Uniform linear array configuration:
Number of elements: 4
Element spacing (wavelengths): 1
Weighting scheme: exponential
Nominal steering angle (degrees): -30
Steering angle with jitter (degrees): -31.147
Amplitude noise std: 0.05
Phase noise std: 0.05

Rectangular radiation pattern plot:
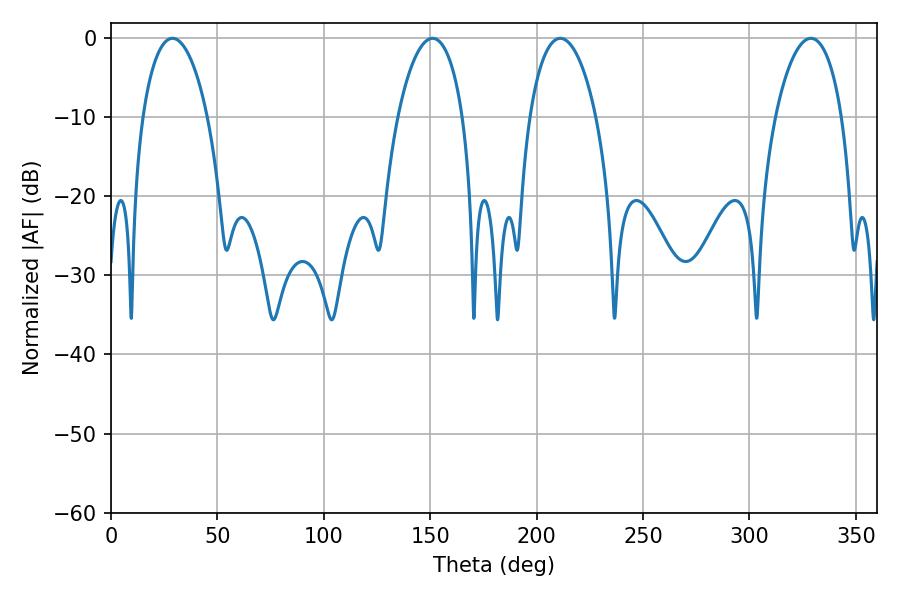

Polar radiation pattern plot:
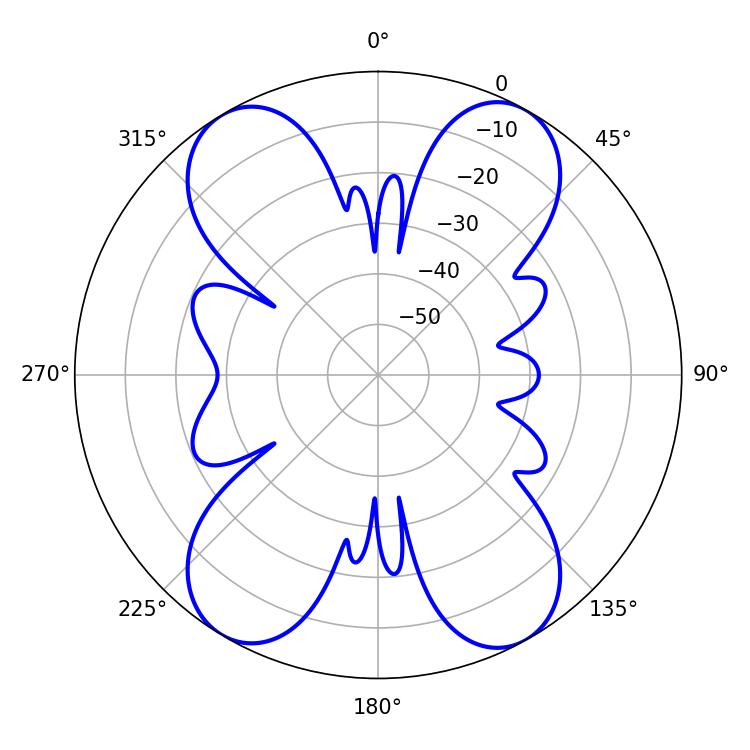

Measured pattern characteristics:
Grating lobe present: TRUE
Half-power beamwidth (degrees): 17.64
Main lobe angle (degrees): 211.14